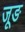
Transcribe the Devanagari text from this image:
जूङ